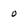
Character: o